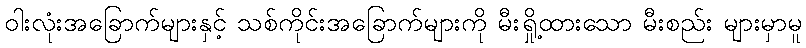
ဝါးလုံးအခြောက်များနှင့် သစ်ကိုင်းအခြောက်များကို မီးရှို့ထားသော မီးစည်း များမှာမူ